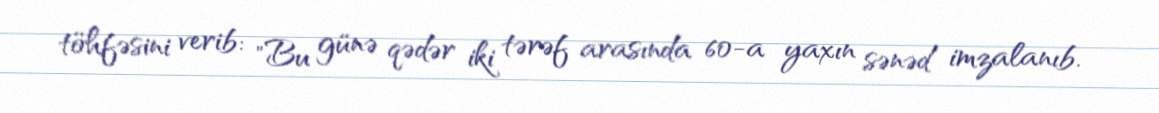
töhfəsini verib: "Bu günə qədər iki tərəf arasında 60-a yaxın sənəd imzalanıb.